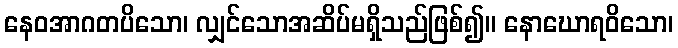
နေဝအာဂတပိသော၊ လျှင်သောအဆိပ်မရှိသည်ဖြစ်၍။ နောဃောရဝိသော၊